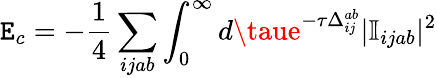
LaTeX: \mathtt{E}_{c}=-\frac{{1}}{{4}}\sum_{ijab}\int_{0}^{\infty}d\taue^{-\tau\Delta_{ij}^{ab}}|\mathbb{{I}}_{ijab}|^{2}